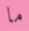
ما